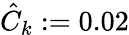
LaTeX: \hat{C}_{k}:=0.02